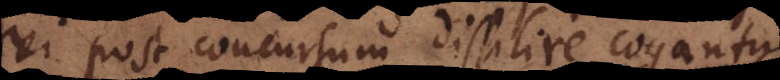
vi post concursum dissilire cogantur